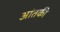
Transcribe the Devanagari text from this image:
आंतकी